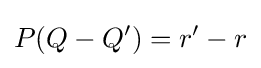
P(Q-Q')=r'-r